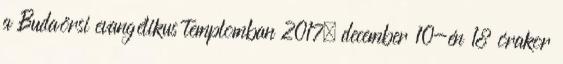
a Budaörsi evangélikus templomban 2017. december 10-én 18 órakor